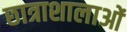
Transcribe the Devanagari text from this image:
छात्राशालाओं